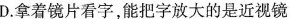
D.拿着镜片看字，能把字放大的是近视镜